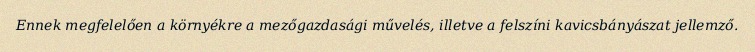
Ennek megfelelően a környékre a mezőgazdasági művelés, illetve a felszíni kavicsbányászat jellemző.